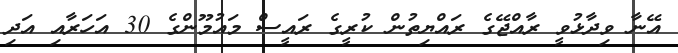
އޭނާ ވިދާޅުވީ ރާއްޖޭގެ ރައްޔިތުން ކުރީގެ ރައީސް މައުމޫންގެ 30 އަހަރާއި އަދި